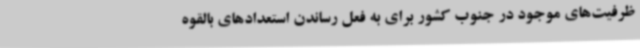
ظرفیت‌های موجود در جنوب کشور برای به فعل رساندن استعدادهای بالقوه